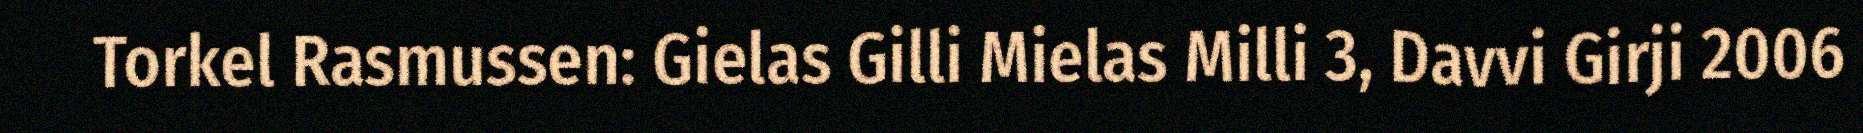
Torkel Rasmussen: Gielas Gilli Mielas Milli 3, Davvi Girji 2006